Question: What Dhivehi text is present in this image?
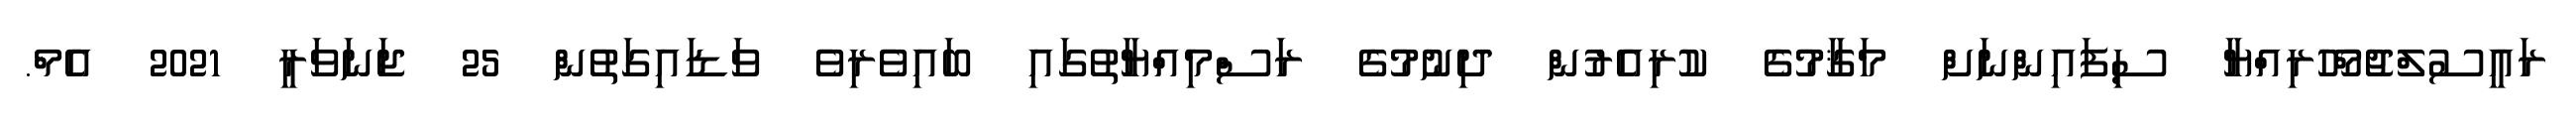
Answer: ރައީސުލްޖުމްހޫރިއްޔާ ސިފައިންނަށް މަޤާމުގެ ކުރިއެރުން ދިނުމުގެ ރަސްމިއްޔާތުގައި ބައިވެރިވެ ވަޑައިގަތުން 25 ޖަނަވަރީ 2021 އެމް.